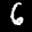
Label: 6